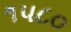
૧૫૮૦